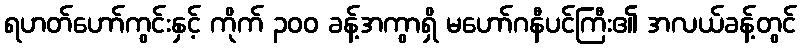
ရဟတ်ဟော်ကွင်းနှင့် ကိုက် ၃၀၀ ခန့်အကွာရှိ မဟော်ဂနီပင်ကြီး၏ အလယ်ခန့်တွင်